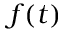
f ( t )